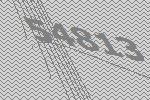
54813